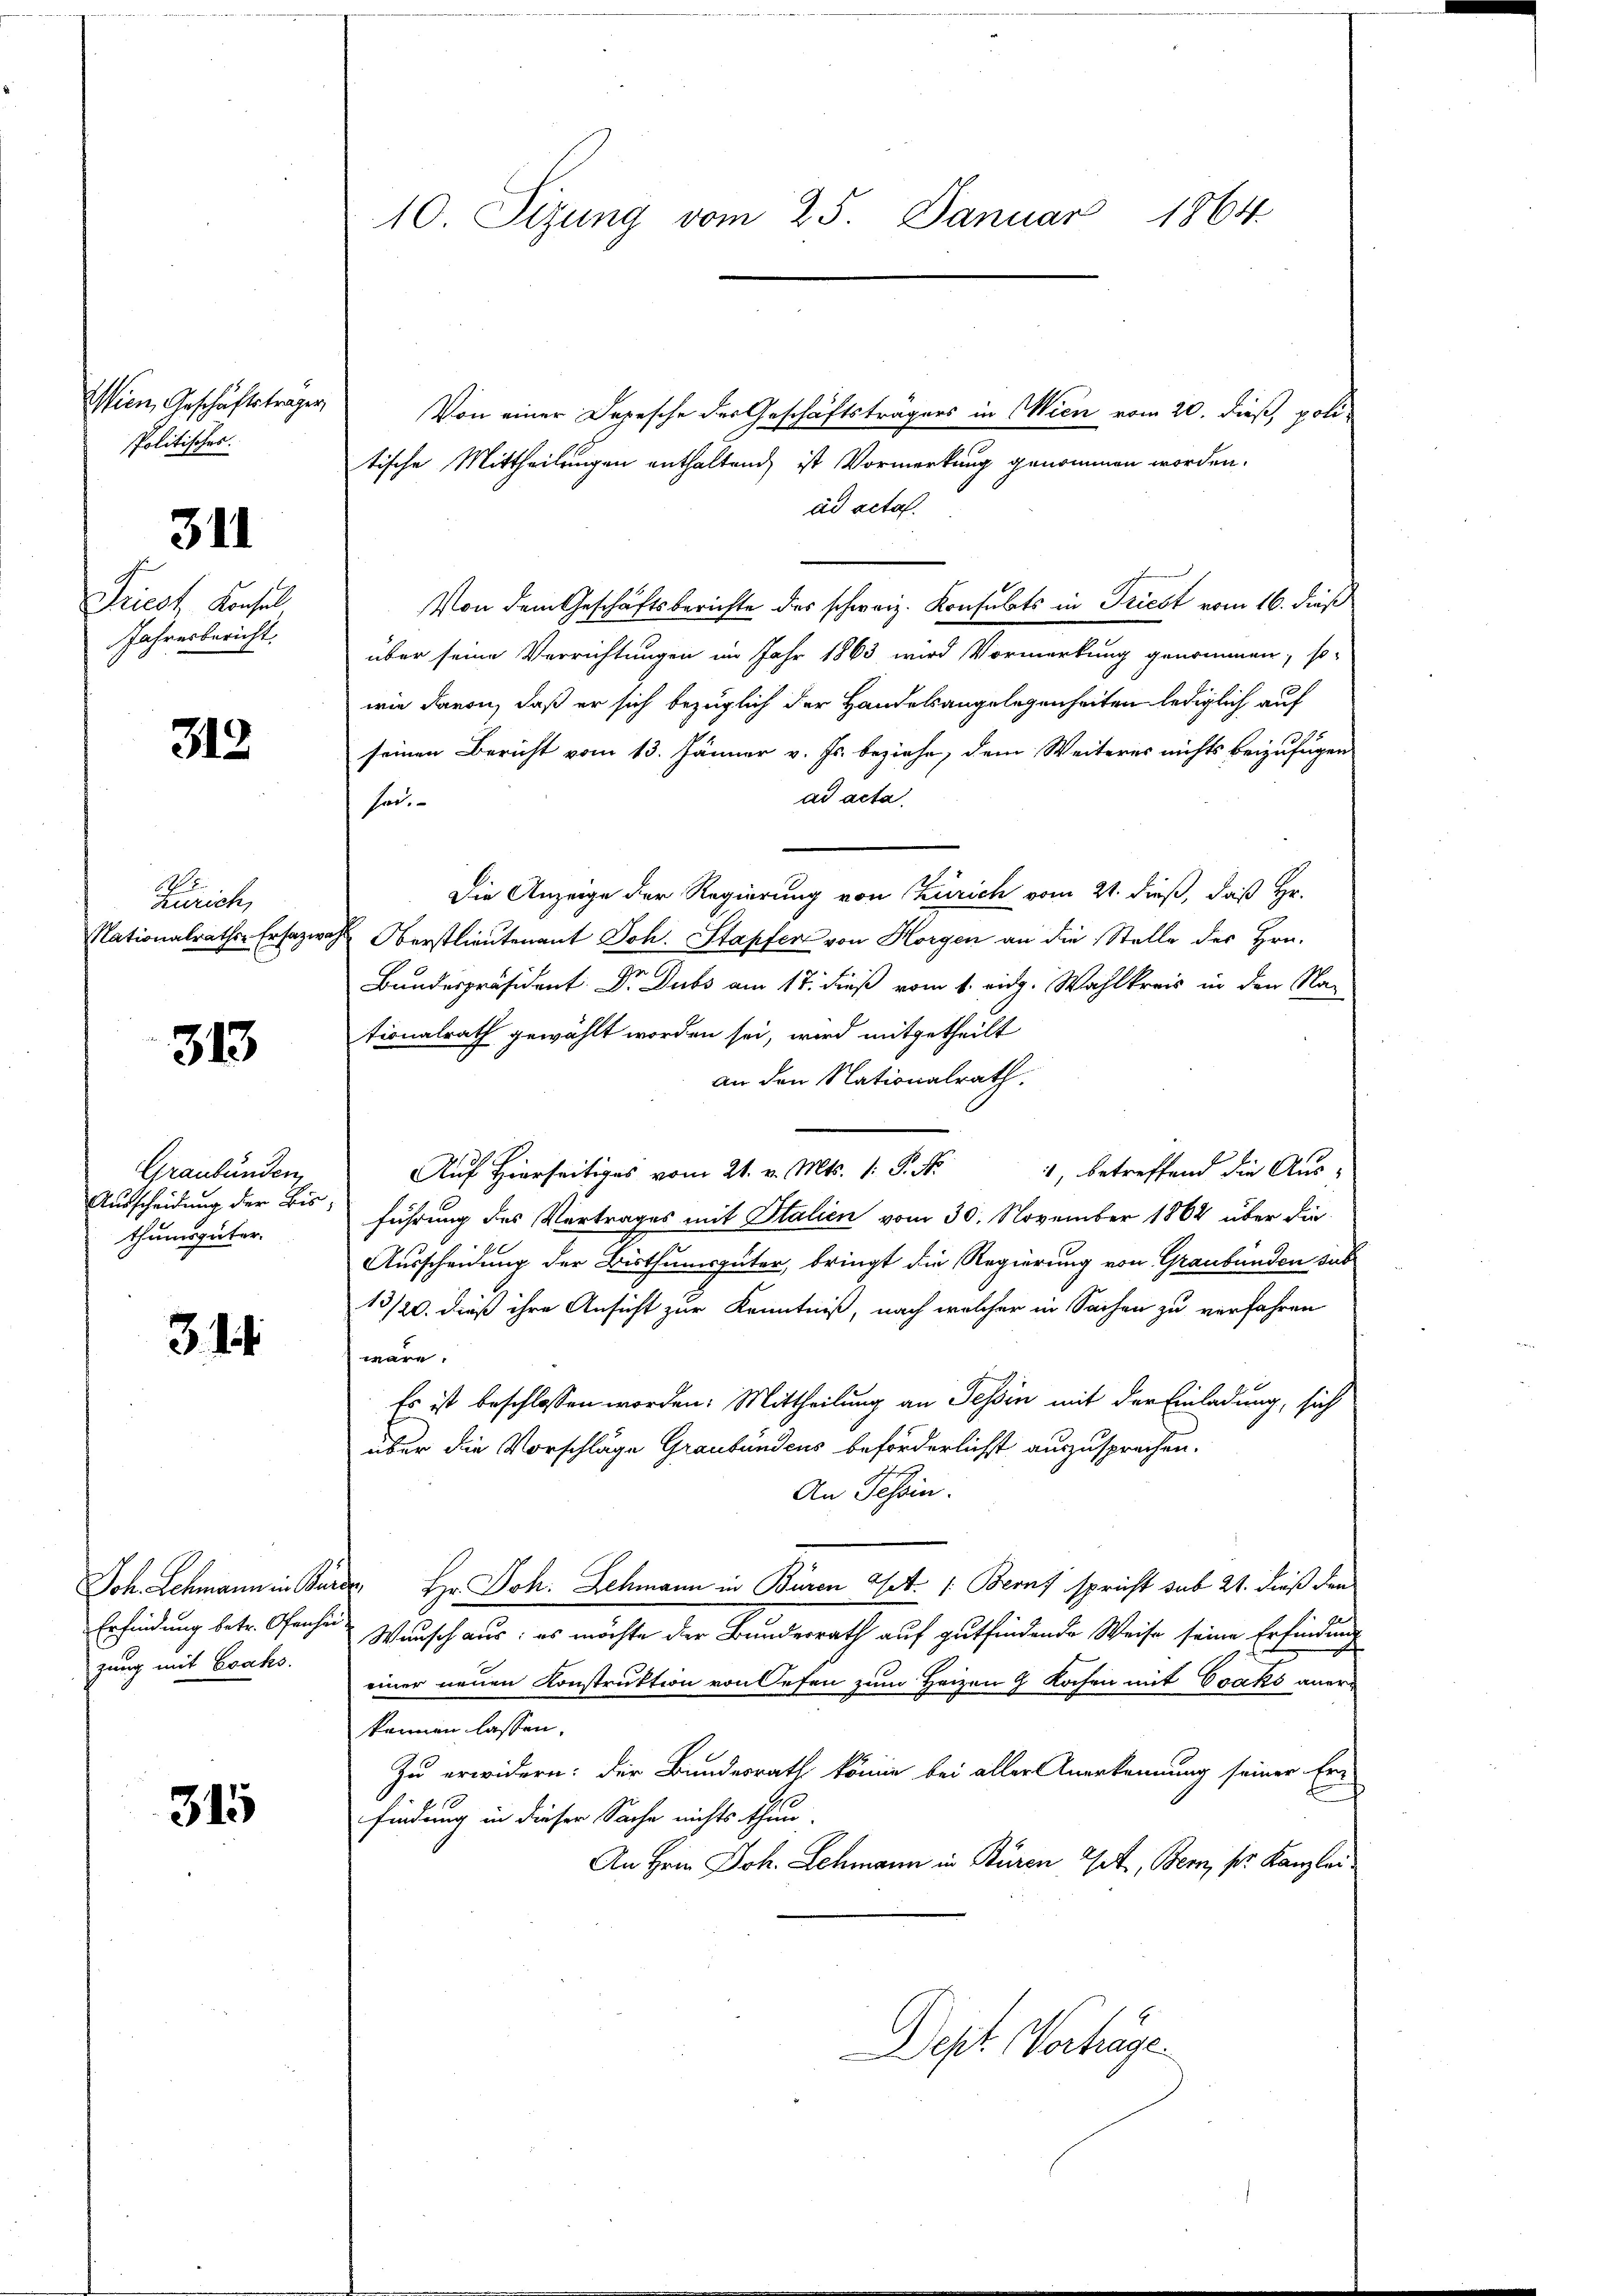
Wien, Geschäftsträger,
Politisches.
Priest, Konsol
Jahresbericht.

311

313

Von einer Depesche der Geschäftsträgers in Wien vom 20. dieß, politische Mittheilungen enthaltend, ist Vormerkung genommen worden.
ad acta.
Von dem Geschäftsberichte des schweiz. Konsulats in Triest vom 16. dieß
über seine Verrichtungen im Jahr 1863 wird Vormerkung genommen, so-
wie davon, daß er sich bezüglich der Handelsangelegenheiten lediglich auf
seinen Bericht vom 13. Jänner v. Js. beziehe, dem Weiteres nichts beizufügen
ad acta
her.
Die Anzeige der Regierung von Zürich vom 21. dieß, daß Hr.
Nationalraths-Ersazwas Oberstlieutenant Joh. Stapfer von Horgen an die Stelle der Hrn.
Bundespräsident Dr. Dubs am 17. dieß vom 1. eidg. Wahlkreis in den Na-
tionalrath gewählt worden sei, wird mitgetheilt
an den Nationalrath.
1, betreffend die Aus¬
Auf Hierseitiges vom 21. v. Mts. 1. P. Nr.
führung des Vertrages mit Stalien vom 30. November 1862 über die
Ausscheidung der Bisthumsgüter, bringt die Regierung von Graubünden sub
13/20. dieß ihre Ansicht zur Kenntniß, nach welcher in Sachen zu verfahren
wäre.
Es ist beschlossen worden: Mittheilung an Tessin mit der Einladung, sich
über die Vorschläge Graubündens beförderlichst auszusprechen.
An Tessin.
Joh. Lehmann in Barde, Hr. Joh. Schmann in Büren Art. 1: Beruf spricht sub 21. dieß den
Wunsch aus: es möchte der Bundesrath auf gutfindende Weise seine Erfindung
einer neuen Konstruktion von Oefen zum Heizen 9 Kochen mit Osaks aner
kennen lassen.
Zu erwidern: Der Bundesrath könne bei aller Anerkennung seiner Er-
findung in dieser Sache nichts thun.
An Hrnn Joh. Schmann in Büren Gott, Bern, pr. Kanzlei
Dept Verhäge

Zürich,

313

Graubünden,
Ausscheidung der Bis
thumsgüter

3. 14.

Erfindung betr. Ofenheizung mit Evaks.

315

10. Sizung vom 25. Januar 1864